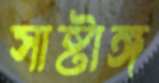
সাষ্টাঙ্গ